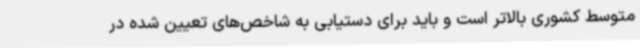
متوسط کشوری بالاتر است و باید برای دستیابی به شاخص‌های تعیین شده در